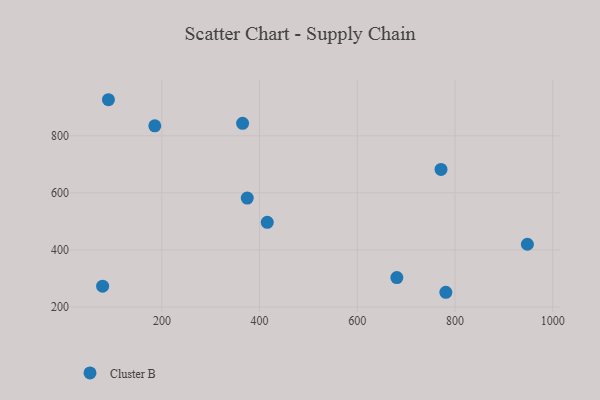
{"axis": {"x": "Investment", "y": "Exam Score"}, "legend": ["Cluster B"], "data": [{"x": "365.2", "y": 843.7, "type": "Cluster B"}, {"x": "185.5", "y": 835.1, "type": "Cluster B"}, {"x": "771.4", "y": 682.3, "type": "Cluster B"}, {"x": "374.8", "y": 581.7, "type": "Cluster B"}, {"x": "78.7", "y": 273.0, "type": "Cluster B"}, {"x": "681.0", "y": 303.1, "type": "Cluster B"}, {"x": "781.3", "y": 251.6, "type": "Cluster B"}, {"x": "415.7", "y": 496.8, "type": "Cluster B"}, {"x": "948.2", "y": 419.9, "type": "Cluster B"}, {"x": "90.6", "y": 926.6, "type": "Cluster B"}]}